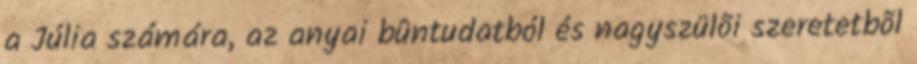
a Júlia számára, az anyai bûntudatból és nagyszülõi szeretetbõl